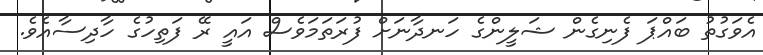
އެވަގުތު ބައްޕަ ފެނިގެން ޝަލީންގެ ހަނދާނަށް ފުރަތަމަވެސް އައީ ރޭ ފަތިހުގެ ހާދިސާއެވެ.